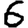
Digit: 6